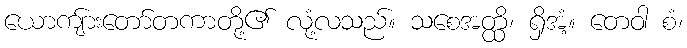
ယောကျ်ားတော်တကာတို့၏ လုံ့လသည်။ သစေအတ္ထိ၊ ရှိအံ့။ တေဝါ စံ၊